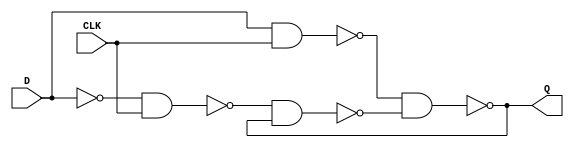
module Latch_D(CLK, D, Q);
	input 	CLK, D;
	output 	Q;
	wire 		NAND1, NAND2, NAND3, NAND4 /*synthesis keep*/;
	
	assign 	NAND1 = ~(~D & CLK);
	assign 	NAND2 = ~(D & CLK);
	assign 	NAND3 = ~(NAND1 & NAND4);
	assign 	NAND4 = ~(NAND2 & NAND3);
	assign 	Q  = NAND4;

endmodule